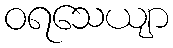
ဝရသေယျာ